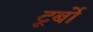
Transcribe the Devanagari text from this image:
टूर्बो